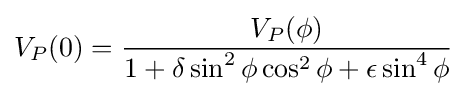
V_{P}(0)={\frac {V_{P}(\phi )}{1+\delta \sin ^{2}\phi \cos ^{2}\phi +\epsilon \sin ^{4}\phi }}